Annual report of the Punjab Veterinary College and of the Civil Veterinary Department, Punjab - 1926-1932
Year: 1926
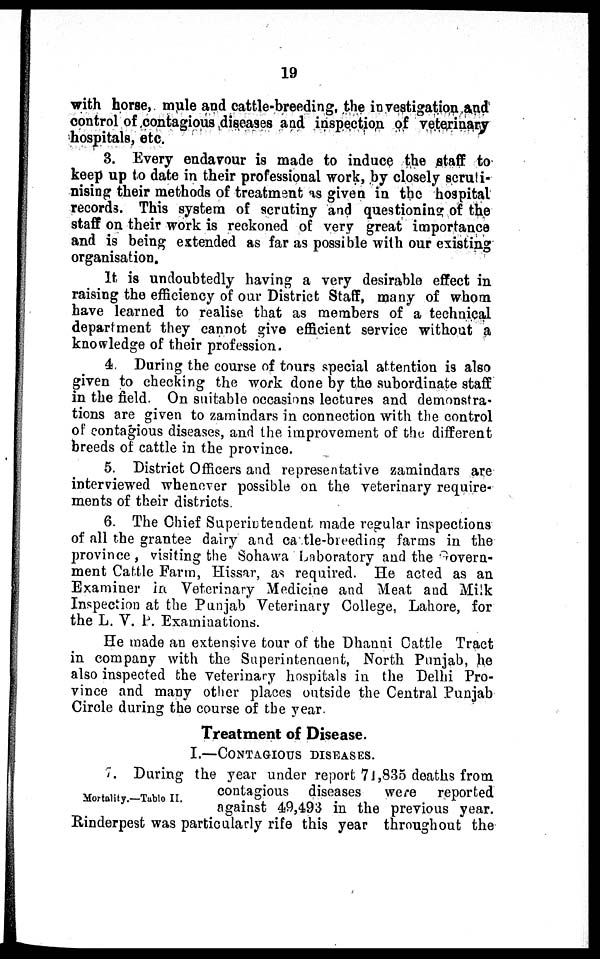
19
with horse, mule and cattle-breeding, the investigation and
control of contagious diseases and inspection of veterinary
hospitals, etc.
3. Every endavour is made to induce the staff to
keep up to date in their professional work, by closely scruti-
nising their methods of treatment as given in the hospital
records. This system of scrutiny and questioning of the
staff on their work is reckoned of very great importance
and is being extended as far as possible with our existing
organisation.
It is undoubtedly having a very desirable effect in
raising the efficiency of our District Staff, many of whom
have learned to realise that as members of a technical
department they cannot give efficient service without a
knowledge of their profession.
4. During the course of tours special attention is also
given to checking the work done by the subordinate staff
in the field. On suitable occasions lectures and demonstra-
tions are given to zamindars in connection with the control
of contagious diseases, and the improvement of the different
breeds of cattle in the province.
5. District Officers and representative zamindars are
interviewed whenever possible on the veterinary require-
ments of their districts.
6. The Chief Superintendent made regular inspections
of all the grantee dairy and cattle-breeding farms in the
province , visiting the Sohawa Laboratory and the Govern-
ment Cattle Farm, Hissar, as required. He acted as an
Examiner in Veterinary Medicine and Meat and Milk
Inspection at the Punjab Veterinary College, Lahore, for
the L. V. P. Examinations.
He made an extensive tour of the Dhanni Cattle Tract
in company with the Superintendent, North Punjab, he
also inspected the veterinary hospitals in the Delhi Pro-
vince and many other places outside the Central Punjab
Circle during the course of the year.
Treatment of Disease.
I.—CONTAGIOUS DISEASE.
7. During the year under report 74,835 deaths from
contagious diseases
were reported
Mortality.—Table II.
against 49,493 in the previous year.
Rinderpest was particularly rife this year throughout the